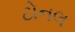
ટોનલ